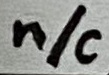
Text: n/c